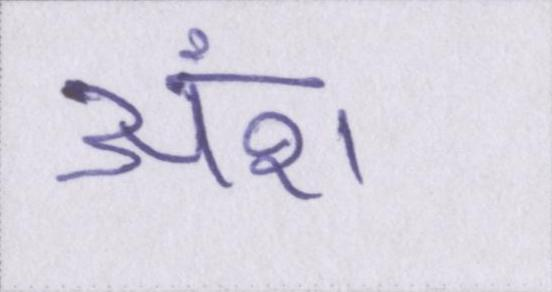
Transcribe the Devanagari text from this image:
अंश